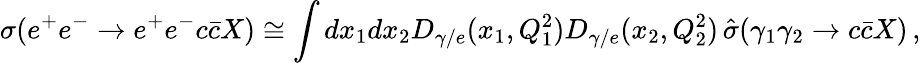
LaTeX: \sigma(e^{+}e^{-}\rightarrow e^{+}e^{-}c\bar{c}X)\cong\int dx_{1}dx_{2}D_{\gamma/e}(x_{1},Q_{1}^{2})D_{\gamma/e}(x_{2},Q_{2}^{2})\, \hat{\sigma}(\gamma_{1}\gamma_{2}\rightarrow c\bar{c}X)\, ,